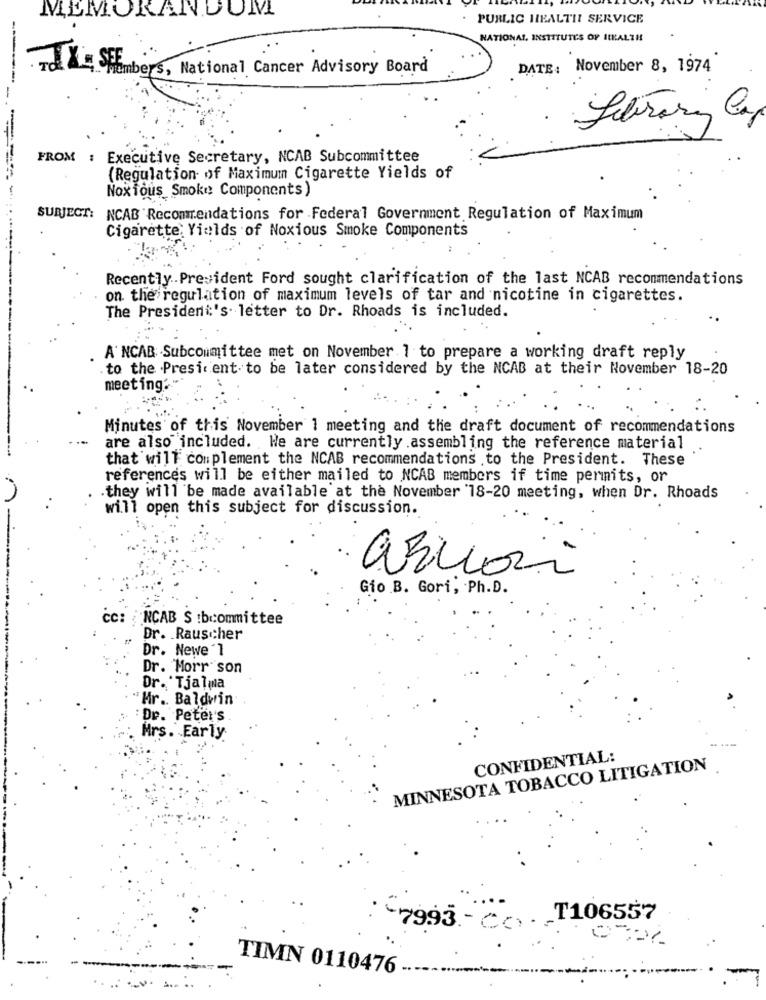
MEMORANDUM
PUBLIC HEALTH SERVICE
NATIONAL INSTITUTES OF ILKALTH
Te SiEmbers, National Cancer Advisory Board
DATE: November 8, 1974
-----
Literary Cap
FROM : Executive Secretary, NCAB Subcommittee
(Regulation of Maximum Cigarette Yields of
Noxious Smoke Components)
SUBJECT: NCAB Recommendations for Federal Government Regulation of Maximum
Cigarette: Yields of Noxious Smoke Components
Recently.President Ford sought clarification of the last NCAB recommendations
on the regulation of maximum levels of tar and nicotine in cigarettes.
The President's. letter to Dr. Rhoads is included.
A'NCAB .Subcommittee met on November 1 to prepare a working draft reply
to the President to be later considered by the NCAB at their November 18-20
meeting."
Minutes of this November 1 meeting and the draft document of recommendations
....
are also included. We are currently .assembling the reference material
that will complement the NCAB recommendations to the President. These
references will be either mailed to NCAB members if time permits, or
.they will be made available at the November 18-20 meeting, when Dr. Rhoads
will open this subject for discussion.
Gio B. Gori, Ph.D.
cc: NCAB S :bcommittee
Dr. Rauscher
Dr. Newe 'l
Dr. Morr son
Dr. 'Tjalma
Hr .. Baldwin
: Dr. Peter's
Mrs. Early
CONFIDENTIAL:
MINNESOTA TOBACCO LITIGATION
_T106557
7993 .- Cc).
TIMN 0110476